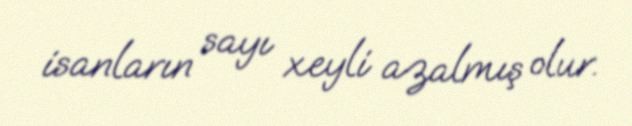
isanların sayı xeyli azalmış olur.